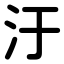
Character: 汙